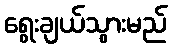
ရွေးချယ်သွားမည်